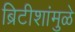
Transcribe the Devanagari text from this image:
ब्रिटीशांमुळे